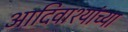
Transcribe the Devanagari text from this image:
आदिवाश्यांच्या